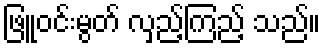
ဖြူဝင်းမွတ် လှည့်ကြည့် သည်။